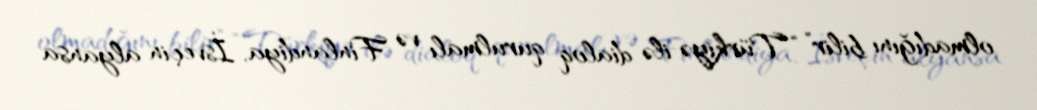
olmadığını bilir” “Türkiyə ilə dialoq qurulmalı və Finlandiya, İsveçin alyansa